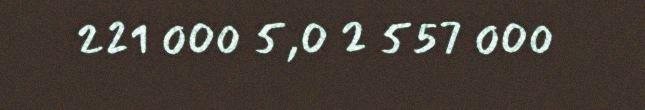
221 000 5,0 2 557 000